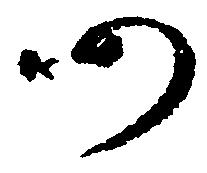
仍